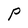
Character: P